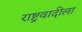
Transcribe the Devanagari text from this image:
राष्ट्रवादीला